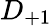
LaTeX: D_{+1}